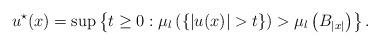
LaTeX: \begin{align*}u^{ \star }(x)=\sup \left\{ t\geq 0:\mu_l \left( \left\{ |u(x)| >t\right\} \right)>\mu _l \left( B_{\left\vert x\right\vert }\right) \right\} . \end{align*}